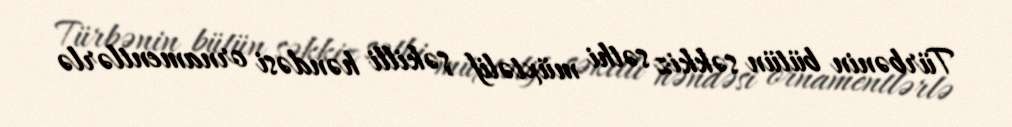
Türbənin bütün səkkiz səthi müxtəlif şəkilli həndəsi ornamentlərlə